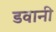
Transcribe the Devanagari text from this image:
डवानी